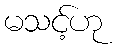
မသင့်ဟု